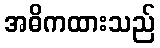
အဓိကထားသည်